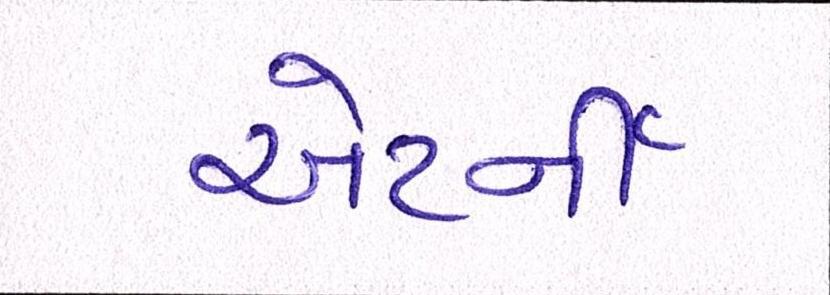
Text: એટર્ની